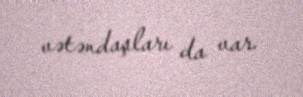
vətəndaşları da var.